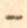
-